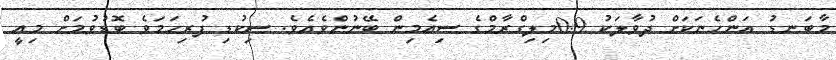
މާބަނޑު އަންހެނަކަށް ދުވާލަކު 0.9މިލިގްރާމްގެ ސިއެމިން ބޭނުންވެއެވެ. ސިކުޑި ފުރިހަމަވެ ބޮޑުވުމަށް މިއީ